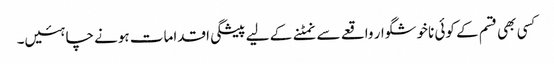
کسی بھی قسم کے کوئی ناخوشگوار واقعے سے نمٹنے کے لیے پیشگی اقدامات ہونے چاہئیں۔